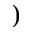
)